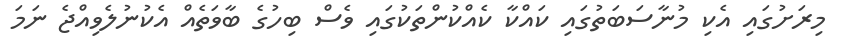
މިރަށުގައި އެކި މުނާސަބަތުގައި ކައްކާ ކެއްކުންތަކުގައި ވެސް ބިހުގެ ބާވަތެއް އެކުނުލެވިއްޖެ ނަމަ